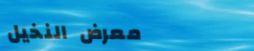
معرض النخيل